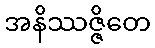
အနိဿဇ္ဇိတေ